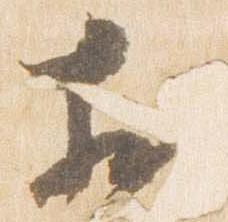
於